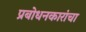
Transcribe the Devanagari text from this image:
प्रबोधनकारांचा